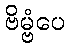
ဗိမ္ဗံပေ